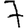
Digit: 7